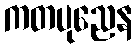
ကတပုညေန